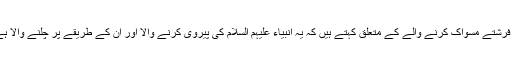
٭ فرشتے مسواک کرنے والے کے متعلق کہتے ہیں کہ یہ انبیاء علیہم السلام کی پیروی کرنے والا اور ان کے طریقے پر چلنے والا ہے۔